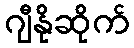
ဂျီနိုဆိုက်